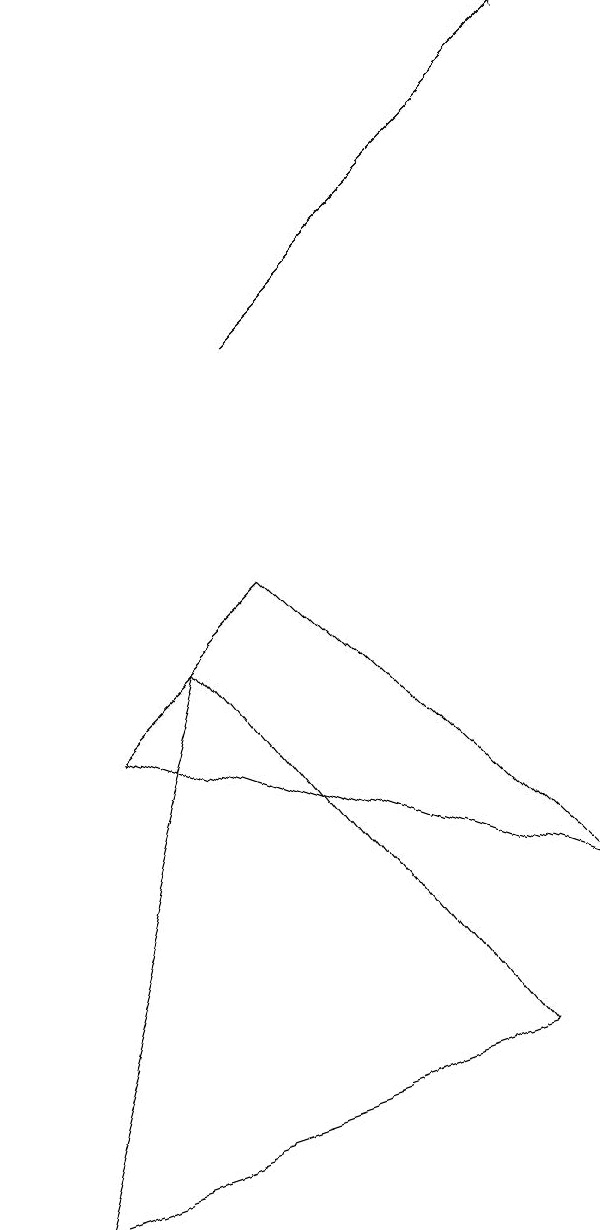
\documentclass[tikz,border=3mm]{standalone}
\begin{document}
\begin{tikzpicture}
\draw (7,4) -- (1,6) -- (3,8) -- cycle;
\draw (6,2) -- (0,0) -- (2,7) -- cycle;
\draw[->] (3,11) -- (7,15);
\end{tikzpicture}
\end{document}